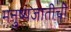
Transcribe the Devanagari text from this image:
मनुष्यजातीची